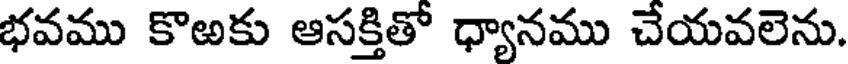
భవము కొఱకు ఆసక్తితో ధ్యానము చేయవలెను.